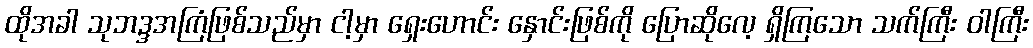
ထိုအခါ သုဘဒ္ဒအကြံဖြစ်သည်မှာ ငါ့မှာ ရှေးဟောင်း နှောင်းဖြစ်ကို ပြောဆိုလေ့ ရှိကြသော သက်ကြီး ဝါကြီး